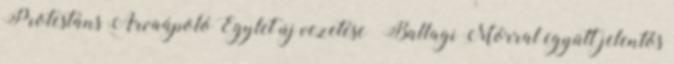
Protestáns Árvaápoló Egylet új vezetése “Ballagi Mórral együtt jelentős